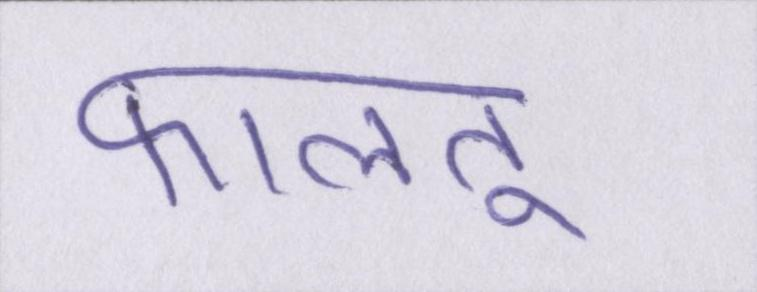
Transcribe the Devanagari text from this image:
फालतू